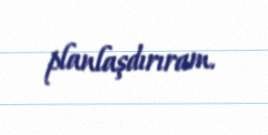
planlaşdırıram.